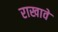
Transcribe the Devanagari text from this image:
राखावे